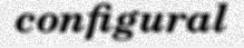
configural